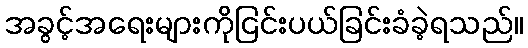
အခွင့်အရေးများကိုငြင်းပယ်ခြင်းခံခဲ့ရသည်။